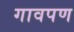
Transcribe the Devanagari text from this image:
गावपण